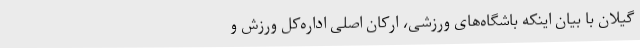
گیلان با بیان اینکه باشگاه‌های ورزشی، ارکان اصلی اداره‌کل ورزش و